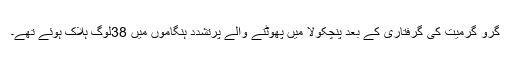
گرو گرمیت کی گرفتاری کے بعد پنچکولا میں پھوٹنے والے پرتشدد ہنگاموں میں 38لوگ ہلاک ہوئے تھے۔